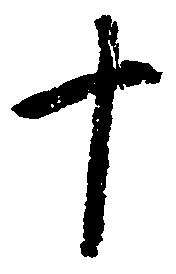
十